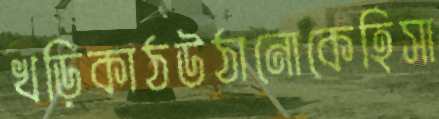
খড়িকাঠউঠানোকেহিসা